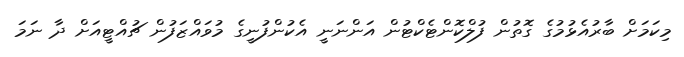
މިކަމަށް ބާރުއެޅުމުގެ ގޮތުން ފުލްކޮންޓެކްޓުން އަންނަނީ އެކުންފުނީގެ މުވައްޒަފުން ޗުއްޓީއަށް ދާ ނަމަ